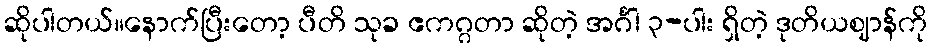
ဆိုပါတယ်။နောက်ပြီးတော့ ပီတိ သုခ ဧကဂ္ဂတာ ဆိုတဲ့ အင်္ဂါ ၃-ပါး ရှိတဲ့ ဒုတိယဈာန်ကို